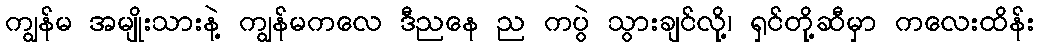
ကျွန်မ အမျိုးသားနဲ့ ကျွန်မကလေ ဒီညနေ ည ကပွဲ သွားချင်လို့၊ ရှင်တို့ဆီမှာ ကလေးထိန်း